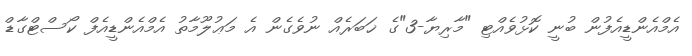
އެމްއެންޑީއެފުން ބުނީ ކޮޅުވެއްޓި "މާރިޔާ-3"ގެ ޚަބަރެއް ނުވެގެން އެ މަޢުލޫމާތު އެމްއެންޑީއެފް ކޯސްޓްގާޑް